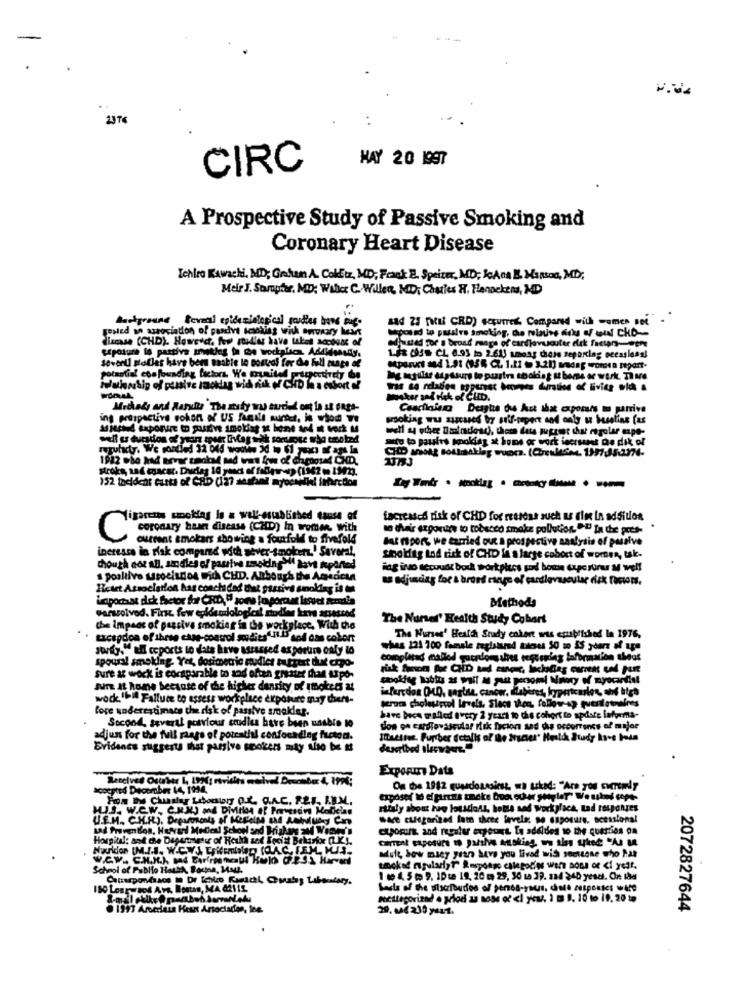
HAY 20 1997
CIRC
A Prospective Study of Passive Smoking and
Coronary Heart Disease
Ichiro Kawachi, MD; Gatan A. Colditz, MD; Frank E. Speize, MD; &GAna & Mansos, MD;
Meir J. Sompar, MD: Willer C. Willen, MD: Charles H. Hennekens, MD
Background formal epidemiological router have put.
sad 25 real CRD) .CEuTres. Compared with women set
posled an association of pandyt Icooking with ourmary Meat
dlamase (CHD). Howsect, few studies have takes account of
1.88 (955 CL 6.93 to 2.613 among thieis reporting occasless!
Severdi solles have bers maakte lo Dostal for de fall zuaps of
operuct sed 1.91 (95 ℃. 1.11 3.20) mesdag wordta report.
potential confounding factors. We ounited pourportrety da
Ing majdlar dipsours to purstra choking st bore ar work. Th Me
Masker and risk of CHD.
Concikvinna Desghe ces Act that cxporsts mo parrive
ing prospective cohort of US formals wurde, in wood
ato to passirs knoking at home or wock ieersunet de dik of
stroke, and cgacst. Duclas 10 yeach of faller-> (1362 - 1992).
152 tacidchi tutti of CHD (127 sashal myo
facreated risk of CHD for reasons such as fin in addition
coronary baan disease (CHD) In women, with
to their exposure to tobacco smake pollution. "" In the pres-
C
current smokers showing a foutfold to fivefold
Bat mport, we carried out a prospective naalysis of passive
ineressa in rlak compared with sever-smokers.' Several,
smoking ind risk of CHD in a large coboct of women, tak-
though not all, amdles of passive smoking"if lavt imported
ing ino servudt bouk workpics sod home superuru M well
poaltive Usocindos Fich CHD. Although the Agedeun
as adjudas for & broad range of cardiovascular risk factors.
Heart Association has conchded that passive smoking is
inpostsat dck fsetor for CHD," some Io porret iseret zemdia
Garssolvod. First. few epidemiological nudler krve arsassad
Methods
The Nurses' Health Study Cohort
the Impact of passive smoking in the workplace. With the
txcagdon of three case-control studies4.11.15 sod das cobort
The Nurses' Health Study cohort was epublished In 1976,
stig. "til ceports to date have assessed as porure only to
thes 121 700 female zuglatard tienes 50 10 55 years of upa
spousal smoking. Yet, dosimecric mudict tutrest dut crpo-
Sure & wock is cocsparable to and often greater than urpo-
JUTE It home because of the higher density of smokets at
infar dos OLD, sagtse, cancer, labires, hypertension, ahis high
work"" Falluce to assess workplace exposure may ders-
fore underestimate the risk of passtve smokdel.
gerne cholesterol levels. Sleos then, follow-up puentletnaires
Second, several porviour studies have been unable to
have boca walled avety 2 years to this cohort to update leforma-
don on carlovascular risk factors sad thus ocourtents of mujer
adjun for the full Flags of potratil confocading fucton.
Matites. Further (ctalls of be Nicer' Held Study ks-s hola
Bridenes suggests that passive spokers mty the be at
Exporm Data
accepted December 14, 1914,
ritaly shout hvg losstions, hotte and workplace, Lad roudnes
U.E.M ., CH.R.), Departments of Mefleis the Akluby Con
.4e chegarized lam three levels se engorurs, scessional
cupomin and regular expost. Te adeldes to the queries on
Hospital: ant che Dagarmatur of Resha sed Focist Bekarfor ( KI,
Muuridon (M.I.S. W.C.W.A. EşkemalD) (AC, TEM, HJA.
adult, how many years have you lived wish someone who hat
School of Publio Health, Porte, Muu,
1 10 4, 5 m 9. 1Dte 19, 20 ( 29, 30 1a 39. 2a4 240 yesci. Or Id
180 Losrusos Avs, Boston, MA @2112
1993 Arberlau Hesa Arsociation, ing.
20, 008230 years.
2072827644